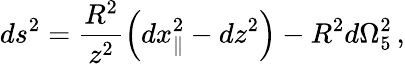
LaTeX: ds^{2}=\frac{R^{2}}{z^{2}}\left(dx_{\parallel}^{2}-dz^{2}\right)-R^{2}d\Omega_{5}^{2}\, ,